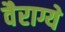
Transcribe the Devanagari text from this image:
वैराग्ये